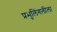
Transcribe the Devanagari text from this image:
प्रभुलिंगलीला